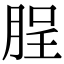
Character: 脭